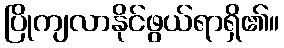
ပြိုကျလာနိုင်ဖွယ်ရာရှိ၏။